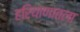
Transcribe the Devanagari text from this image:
हरियाणातला